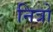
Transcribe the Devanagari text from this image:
नित्रो